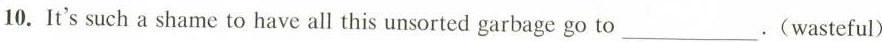
10. It's such a shame to have all this unsorted garbage go to ___ .(wasteful)